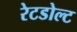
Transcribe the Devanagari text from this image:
रेटडोल्ट